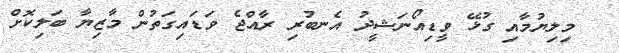
މިލިޔުމާއި ގުޅޭ ވީޑިއޯނަޝީދު އެނބުރި ރާއްޖެ ވަޑައިގަތުން މާޒިޔާ ބަލިކޮށް